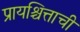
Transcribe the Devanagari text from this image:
प्रायश्चित्ताची